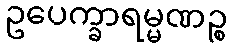
ဥပေက္ခာရမ္မဏဉ္စ